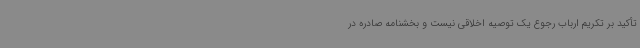
تأکید بر تکریم ارباب رجوع یک توصیه اخلاقی نیست و بخشنامه صادره در